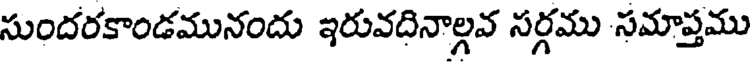
సుందరకాండమునందు ఇరువదినాల్గవ సర్గము సమాప్తము